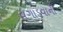
વગાડવાની